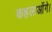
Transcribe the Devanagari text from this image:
कहलाओंगे।